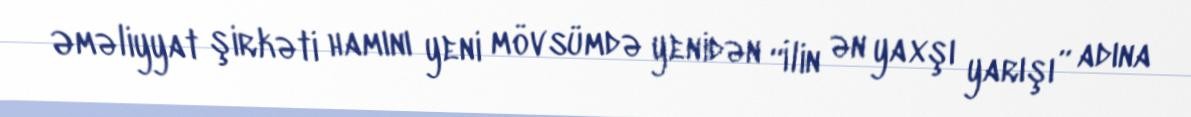
Əməliyyat şirkəti hamını yeni mövsümdə yenidən “İlin ən yaxşı yarışı” adına